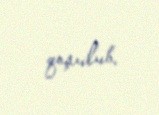
qoşulub.